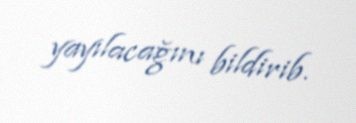
yayılacağını bildirib.